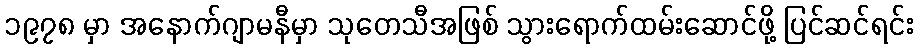
၁၉၇၈ မှာ အနောက်ဂျာမနီမှာ သုတေသီအဖြစ် သွားရောက်ထမ်းဆောင်ဖို့ ပြင်ဆင်ရင်း